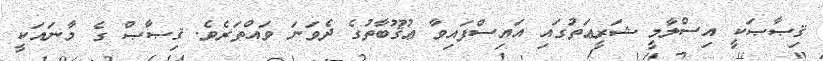
ޤިޞާޞަކީ އިސްލާމީ ޝަރީޢަތުގައި އައިސްފައިވާ ޢުޤޫބާތުގެ ދެވަނަ ވައްތަރެވެ. ޤިޞާޞް ގެ މާނައަކީ